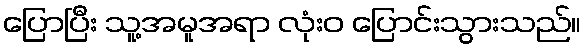
ပြောပြီး သူ့အမူအရာ လုံးဝ ပြောင်းသွားသည်။